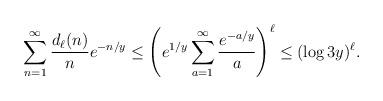
LaTeX: \begin{align*} \sum_{n=1}^{\infty}\frac{d_{\ell}(n)}{n}e^{-n/y}\leq \left(e^{1/y}\sum_{a=1}^{\infty}\frac{e^{-a/y}}{a}\right)^{\ell}\leq (\log3y)^{\ell}.\end{align*}